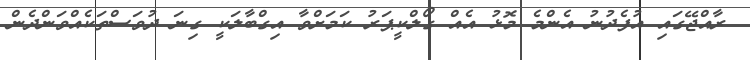
ރާއްޖޭގައި އުފެދުނު އެންމެ މޮޅު އެއް ގޯލްކީޕަރު ކަމަށްވާ އިގްބާލަކީ ގިނަ ދުވަސްތަކެއްވަންދެން